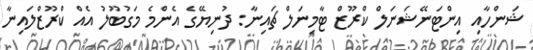
ޝަންހާއި އިންޓަނޭޝަނަލް ކްރޫޒް ޓާމިނަލް ޗައިނާ: ދުނިޔޭގެ އެންމެ މަގުބޫލު އެއް ކްރޫޒްލައިނާ